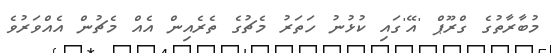
މުބާރާތުގެ ގްރޫޕް 'އޭ'ގައި ކުޅުނު ހަތަރު މެޗުގެ ތެރެއިން އެއް މެޗުން އެއްވަރުވެ